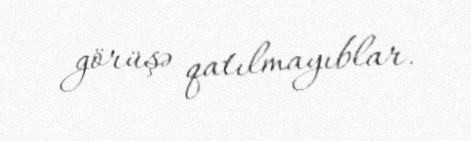
görüşə qatılmayıblar.